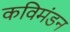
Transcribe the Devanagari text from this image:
कविमंडन